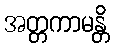
အတ္တကာမန္တိ